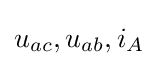
u_{ac},u_{ab},i_{A}